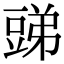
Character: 𧯪